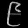
Digit: ၉